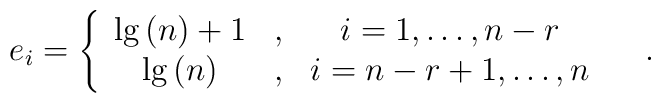
e_i=\left\{ \begin{array}{ccc}\lg \left( n\right) +1 & , & i=1,\ldots ,n-r \\ \lg \left( n\right) & , & i=n-r+1,\ldots ,n \end{array}\right. \quad .